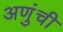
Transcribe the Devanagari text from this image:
अणुंची